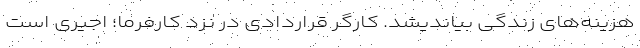
هزینه‌های زندگی بیاندیشد. کارگر قراردادی در نزد کارفرما؛ اجیری است